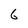
Character: 6